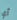
أي